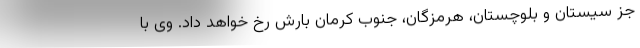
جز سیستان و بلوچستان، هرمزگان، جنوب کرمان بارش رخ خواهد داد. وی با